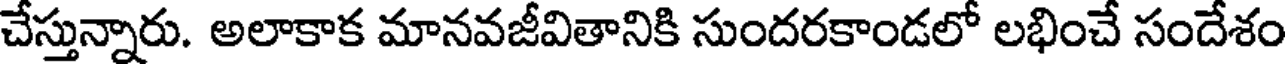
చేస్తున్నారు. అలాకాక మానవజీవితానికి సుందరకాండలో లభించే సందేశం